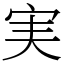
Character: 実